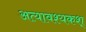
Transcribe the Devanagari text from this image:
अत्यावश्यकश्